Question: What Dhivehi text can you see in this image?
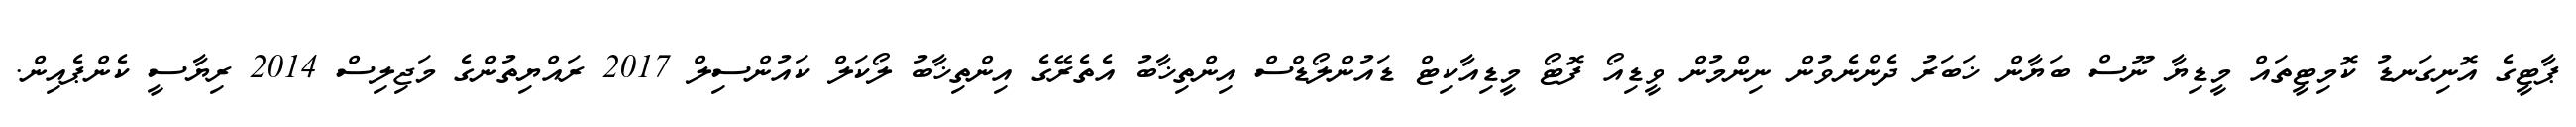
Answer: ޕާޓީގެ އޮނިގަނޑު ކޮމިޓީތައް މީޑިޔާ ނޫސް ބަޔާން ޚަބަރު ދެންނެވުން ނިންމުން ވީޑިއޯ ފޮޓޯ މީޑިއާކިޓް ޑައުންލޯޑްސް އިންތިޚާބު އެތެރޭގެ އިންތިޚާބު ލޯކަލް ކައުންސިލް 2017 ރައްޔިތުންގެ މަޖިލިސް 2014 ރިޔާސީ ކެންޕެއިން.